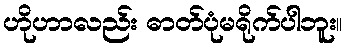
ဟိုဟာလည်း ဓာတ်ပုံမရိုက်ပါဘူး။